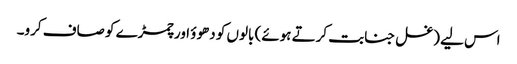
اس لیے (غسل جنابت کرتے ہوئے) بالوں کو دھوؤ اور چمڑے کو صاف کرو۔